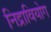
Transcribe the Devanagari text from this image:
निद्रावियोग